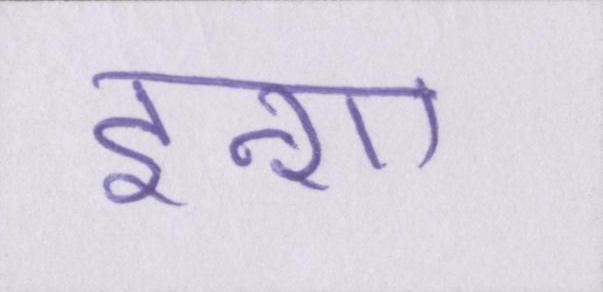
इन्शा